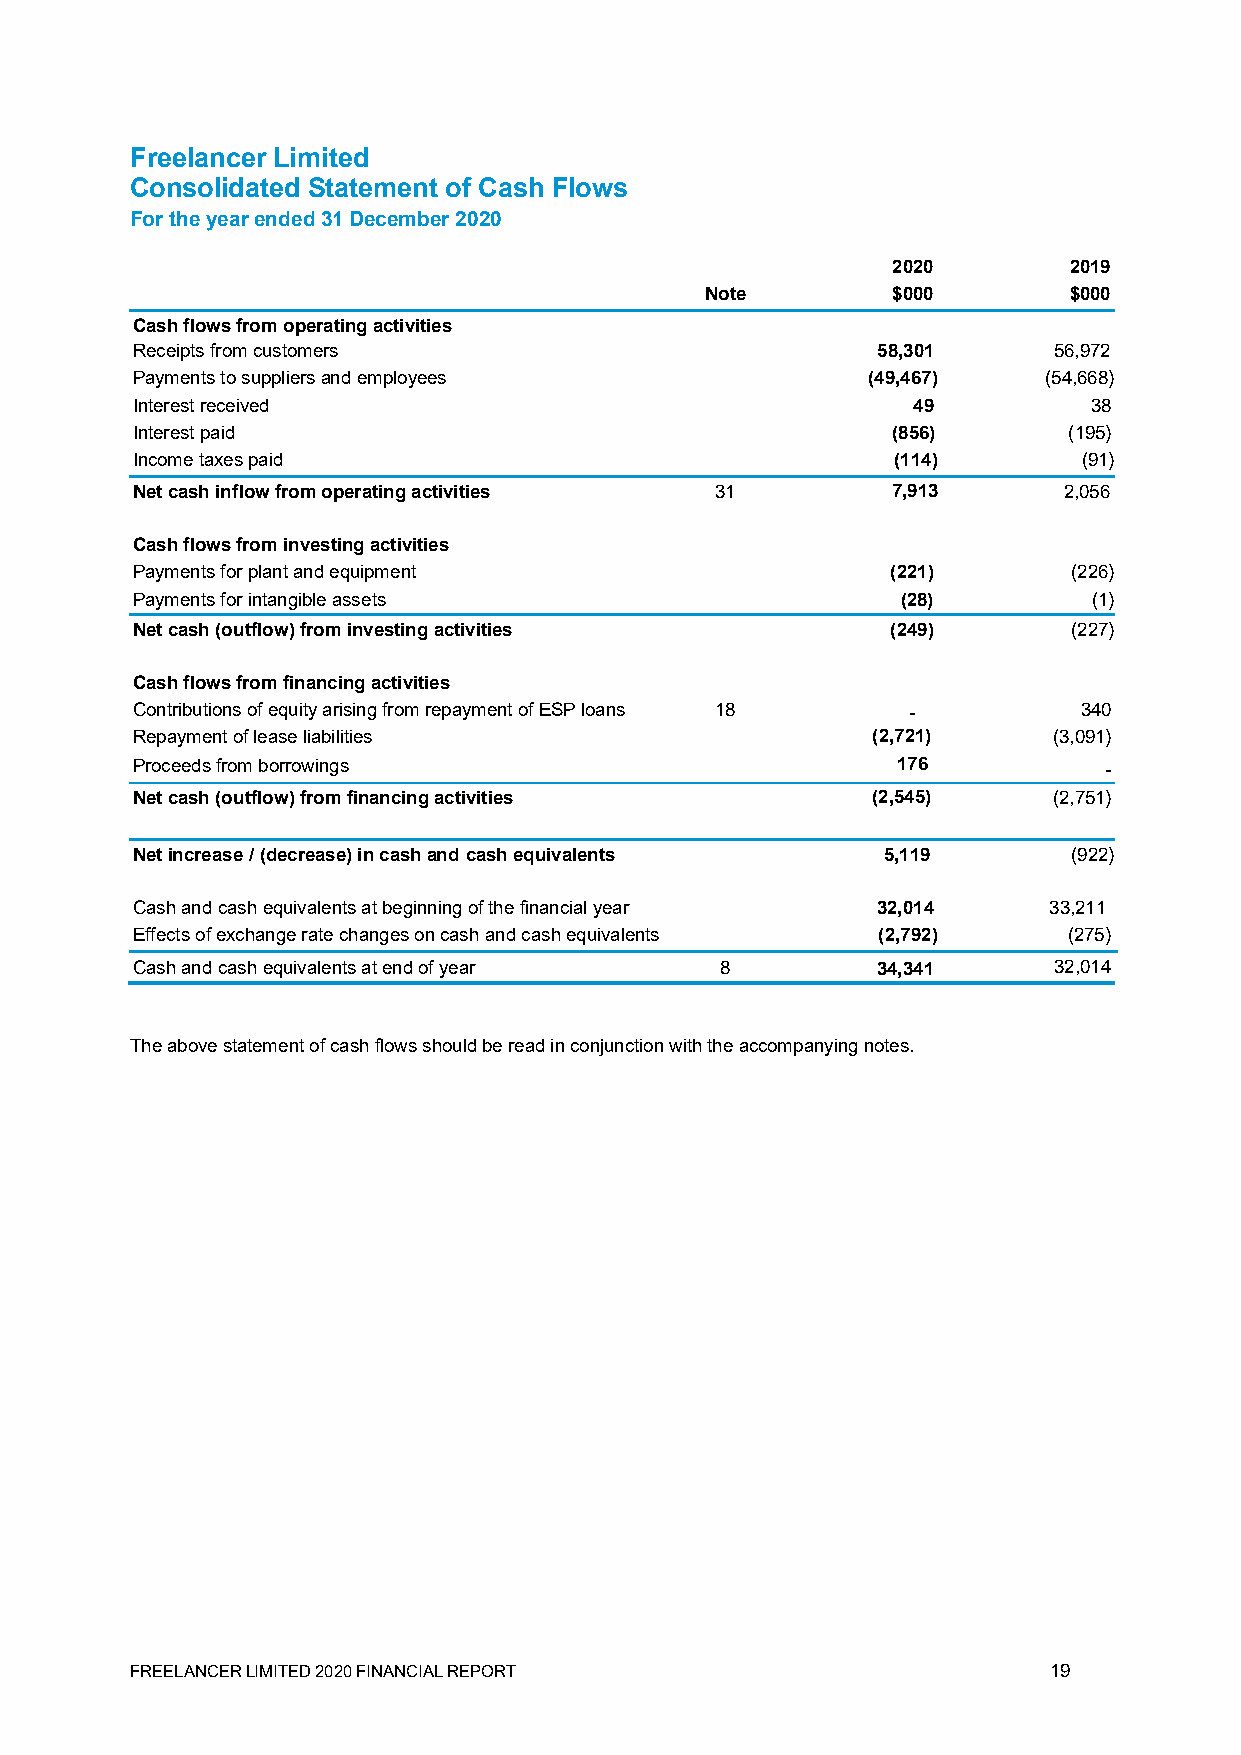
Freelancer Limited
 Consolidated Statement of Cash Flows
 For the year ended 31 December 2020
 2020        2019
 Note        $000        $000
 Cash flows from operating activities
 Receipts from customers                          58,301      56,972
 Payments to suppliers and employees             (49,467)    (54,668)
 Interest received                                  49          38
 Interest paid                                     (856)       (195)
 Income taxes paid                                 (114)        (91)
 Net cash inflow from operating activities 31      7,913      2,056
 Cash flows from investing activities
 Payments for plant and equipment                  (221)       (226)
 Payments for intangible assets                     (28)        (1)
 Net cash (outflow) from investing activities      (249)       (227)
 Cash flows from financing activities
 Contributions of equity arising from repayment of ESP loans 18 - 340
 Repayment of lease liabilities                   (2,721)     (3,091)
 Proceeds from borrowings                          176           -
 Net cash (outflow) from financing activities     (2,545)     (2,751)
 Net increase / (decrease) in cash and cash equivalents 5,119  (922)
 Cash and cash equivalents at beginning of the financial year 32,014 33,211
 Effects of exchange rate changes on cash and cash equivalents (2,792) (275)
 Cash and cash equivalents at end of year 8       34,341      32,014
 The above statement of cash flows should be read in conjunction with the accompanying notes.
 FREELANCER LIMITED 2020 FINANCIAL REPORT                    19